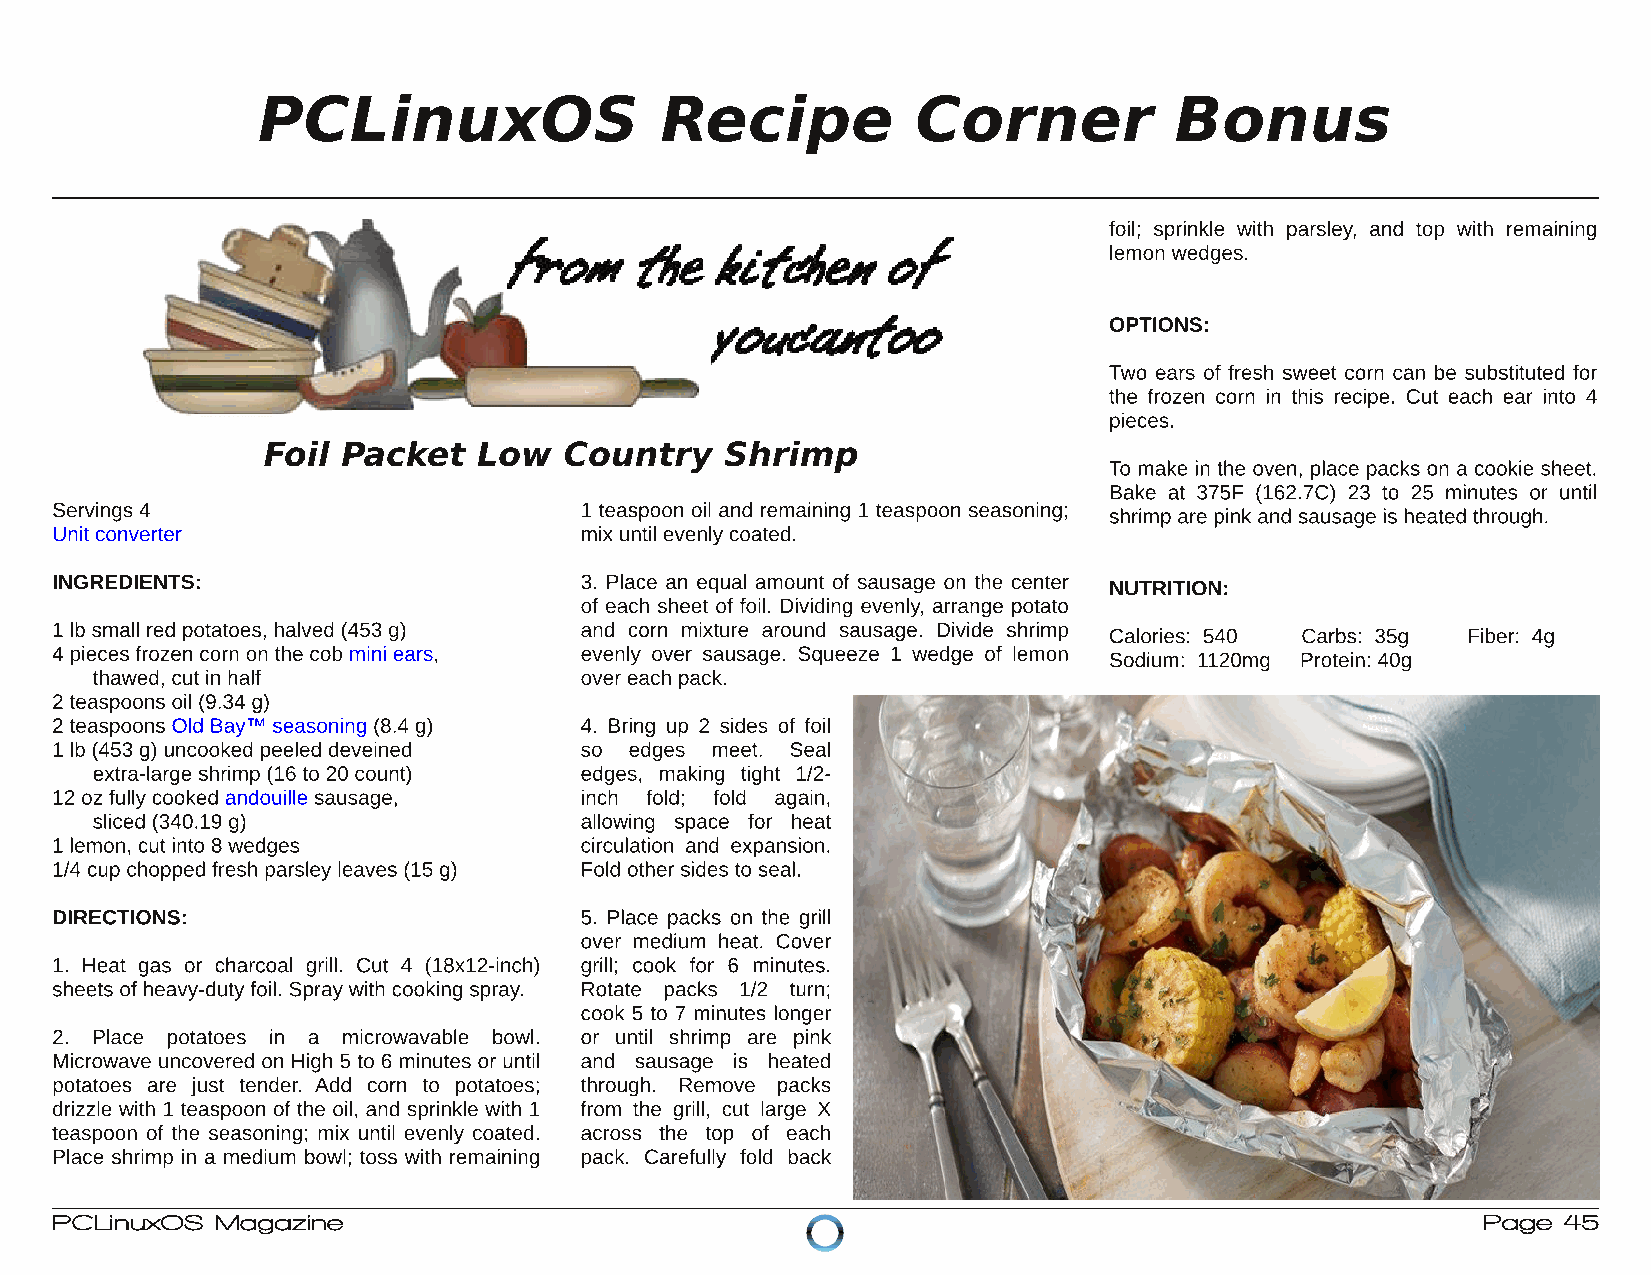
PCLinuxOS                  Recipe           Corner           Bonus
 foil; sprinkle with parsley, and top with remaining
 lemon wedges.
 OPTIONS:
 Two ears of fresh sweet corn can be substituted for
 the frozen corn in this recipe. Cut each ear into 4
 pieces.
 Foil  Packet   Low  Country    Shrimp
 To make in the oven, place packs on a cookie sheet.
 Bake at 375F (162.7C) 23 to 25 minutes or until
 Servings 4                         1 teaspoon oil and remaining 1 teaspoon seasoning; shrimp are pinkand sausage is heated through.
 Unitconverter                      mixuntil evenlycoated.
 INGREDIENTS:                       3. Place an equal amount of sausage on the center NUTRITION:
 of each sheet of foil. Dividing evenly, arrange potato
 1 lb small red potatoes, halved (453 g) and corn mixture around sausage. Divide shrimp Calories: 540 Carbs: 35g Fiber: 4g
 4 pieces frozen corn on the cob mini ears, evenly over sausage. Squeeze 1 wedge of lemon Sodium: 1120mg Protein: 40g
 thawed, cutin half              overeach pack.
 2 teaspoons oil (9.34 g)
 2 teaspoons Old Bay™ seasoning (8.4 g) 4. Bring up 2 sides of foil
 1 lb (453 g) uncooked peeled deveined so edges meet. Seal
 extra-large shrimp (16 to 20 count) edges, making tight 1/2-
 12 oz fullycooked andouille sausage, inch fold; fold again,
 sliced (340.19 g)               allowing space for heat
 1 lemon, cutinto 8 wedges          circulation and expansion.
 1/4 cup chopped fresh parsleyleaves (15 g) Fold othersides to seal.
 DIRECTIONS:                        5. Place packs on the grill
 over medium heat. Cover
 1. Heat gas or charcoal grill. Cut 4 (18x12-inch) grill; cook for 6 minutes.
 sheets ofheavy-dutyfoil. Spraywith cooking spray. Rotate packs 1/2 turn;
 cook 5 to 7 minutes longer
 2. Place potatoes in a microwavable bowl. or until shrimp are pink
 Microwave uncovered on High 5 to 6 minutes or until and sausage is heated
 potatoes are just tender. Add corn to potatoes; through. Remove packs
 drizzle with 1 teaspoon of the oil, and sprinkle with 1 from the grill, cut large X
 teaspoon of the seasoning; mix until evenly coated. across the top of each
 Place shrimp in a medium bowl; toss with remaining pack. Carefully fold back
 PCLinuxOS  Magazine                                                                            Page 45